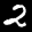
Label: 2